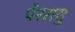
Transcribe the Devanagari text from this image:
पेररासु